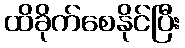
ထိခိုက်စေနိုင်ပြီး